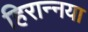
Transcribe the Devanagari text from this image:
हिरान्नया